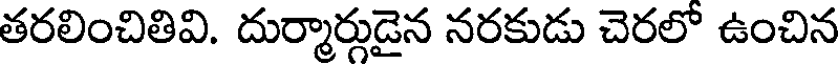
తరలించితివి. దుర్మార్గుడైన నరకుడు చెరలో ఉంచిన